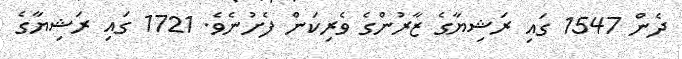
ދެން 1547 ގައި ރަޝިޔާގެ ޒާރުންގެ ވެރިކަން ފެށުނެވެ. 1721 ގައި ރަޝިޔާގެ